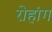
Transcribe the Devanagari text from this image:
रोहांग